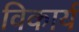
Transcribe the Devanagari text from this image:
विकार्य